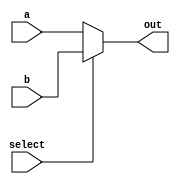
module mux(input[31:0] a, input[31:0] b, input select, output[31:0] out);

	assign out = select ? b : a;

endmodule